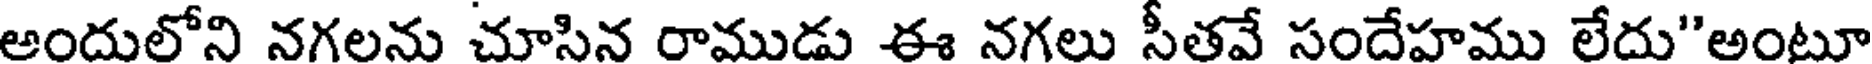
అందులోని నగలను చూసిన రాముడు ఈ నగలు సీతవే సందేహము లేదు"అంటూ